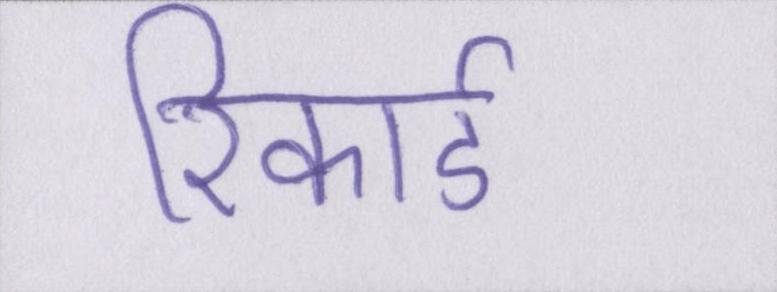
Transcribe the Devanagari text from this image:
रिकार्ड